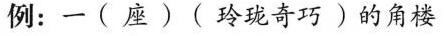
例：一(座)(玲珑奇巧)的角楼